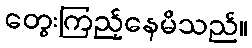
တွေးကြည့်နေမိသည်။